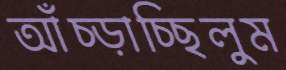
আঁচ্‌ড়াচ্ছিলুম